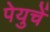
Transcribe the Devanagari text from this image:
पेयुचें